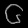
Digit: ၆